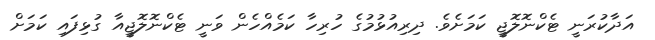
އަދާކުރަނީ ޓެކްނޮލޮޖީ ކަމަށެވެ. ދިރިއުޅުމުގެ ހުރިހާ ކަމެއްހެން ވަނީ ޓެކްނޮލޮޖީއާ ގުޅިފައި ކަމަށް